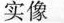
实像